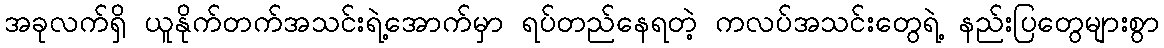
အခုလက်ရှိ ယူနိုက်တက်အသင်းရဲ့အောက်မှာ ရပ်တည်နေရတဲ့ ကလပ်အသင်းတွေရဲ့ နည်းပြတွေများစွာ